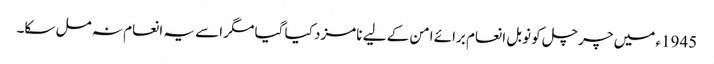
1945ء میں چرچل کو نوبل انعام برائے امن کے لیے نامزد کیا گیا مگر اسے یہ انعام نہ مل سکا۔